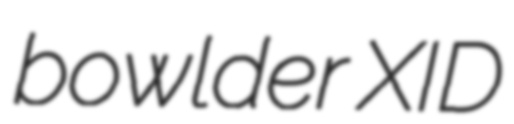
bowlder XID